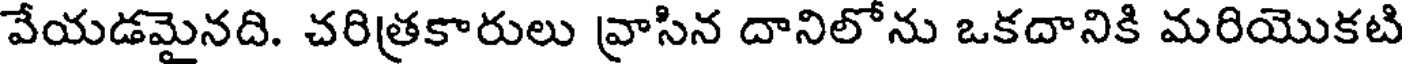
వేయడమైనది. చరిత్రకారులు వ్రాసిన దానిలోను ఒకదానికి మరియొకటి